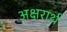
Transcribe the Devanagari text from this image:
अक्षरार्थ